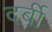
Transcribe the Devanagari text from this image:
दर्बी